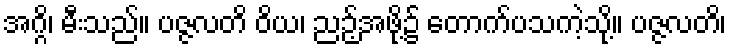
အဂ္ဂိ၊ မီးသည်။ ပဇ္ဇလတိ ဝိယ၊ ညဉ့်အဖို့၌ တောက်ပသကဲ့သို့။ ပဇ္ဇလတိ၊